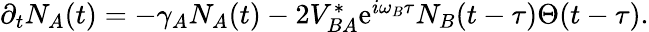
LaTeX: \begin{array}{r}{\partial_{t}N_{A}(t)=-\gamma_{A}N_{A}(t)-2V_{BA}^{*}\mathrm{e}^{i\omega_{B}\tau}N_{B}(t-\tau)\Theta(t-\tau).}\end{array}